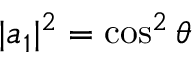
| a _ { 1 } | ^ { 2 } = \cos ^ { 2 } \theta